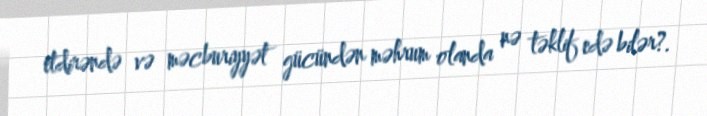
etdirəndə və məcburiyyət gücündən məhrum olanda nə təklif edə bilər?.